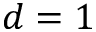
d = 1